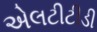
એલટીટીડી